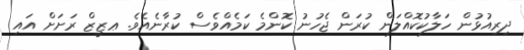
ދިރިއުޅުން ހަލާކުކޮއްލަން ކުރަން ޖެހުނު ކޮންމެ ކަމެއްވެސް ކުރާނެއެވެ. ޢޒީޒް ރަށަށް އައި